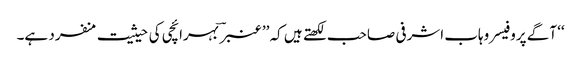
‘‘ آگے پروفیسر وہاب اشرفی صاحب لکھتے ہیں کہ ’’عنبر ؔ بہرائچی کی حیثیت منفرد ہے۔